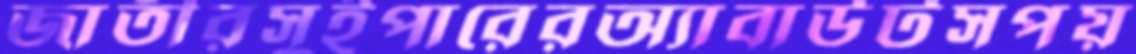
জাতীরসুইপারেরঅ্যাবাউটসপয়